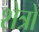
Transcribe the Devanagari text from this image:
शेत्रो